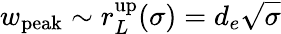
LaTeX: w_{\mathrm{peak}}\sim r_{L}^{\mathrm{up}}(\sigma)=d_{e}\sqrt{\sigma}